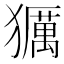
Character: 𤢵